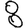
Digit: 8